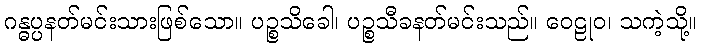
ဂန္ဓပ္ပနတ်မင်းသားဖြစ်သော။ ပဉ္စသိခေါ၊ ပဉ္စသီခနတ်မင်းသည်။ ဝေဠုဝ၊ သကဲ့သို့။